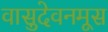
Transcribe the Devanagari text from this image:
वासुदेवनमूस